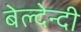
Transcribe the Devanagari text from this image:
बेल्देन्दी